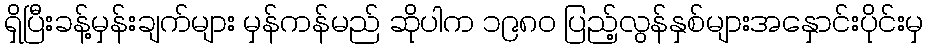
ရှိပြီးခန့်မှန်းချက်များ မှန်ကန်မည် ဆိုပါက ၁၉၈၀ ပြည့်လွန်နှစ်များအနှောင်းပိုင်းမှ